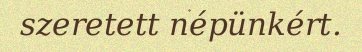
szeretett népünkért.